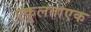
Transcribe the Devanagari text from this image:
एकुलताएक